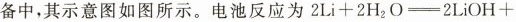
备中，其示意图如图所示。电池反应为$$2 L i + 2 H _ { 2 } O = 2 L i O H +